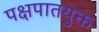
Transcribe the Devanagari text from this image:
पक्षपातयुक्त